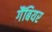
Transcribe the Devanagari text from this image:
गैंबियर